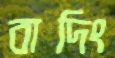
বাদিং